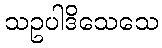
သဥပါဒိသေသေ